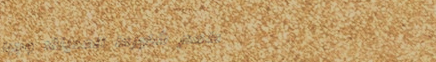
مطعم شاورما المدينة: وجبا